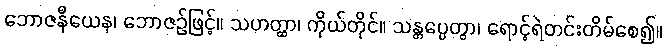
ဘောဇနီယေန၊ ဘောဇဉ်ဖြင့်။ သဟတ္ထာ၊ ကိုယ်တိုင်။ သန္တပ္ပေတွာ၊ ရောင့်ရဲတင်းတိမ်စေ၍။